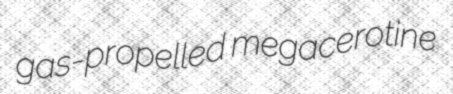
gas-propelled megacerotine